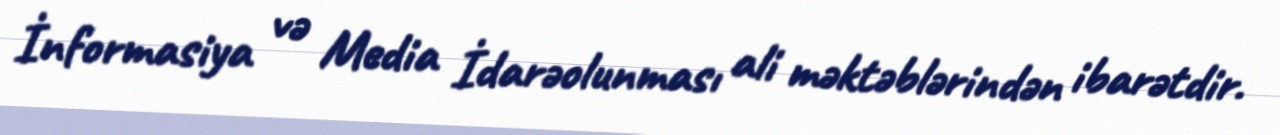
İnformasiya və Media İdarəolunması ali məktəblərindən ibarətdir.